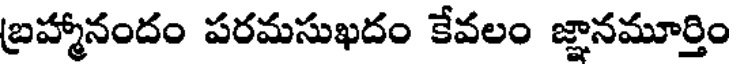
బ్రహ్మానందం పరమసుఖదం కేవలం జ్ఞానమూర్తిం